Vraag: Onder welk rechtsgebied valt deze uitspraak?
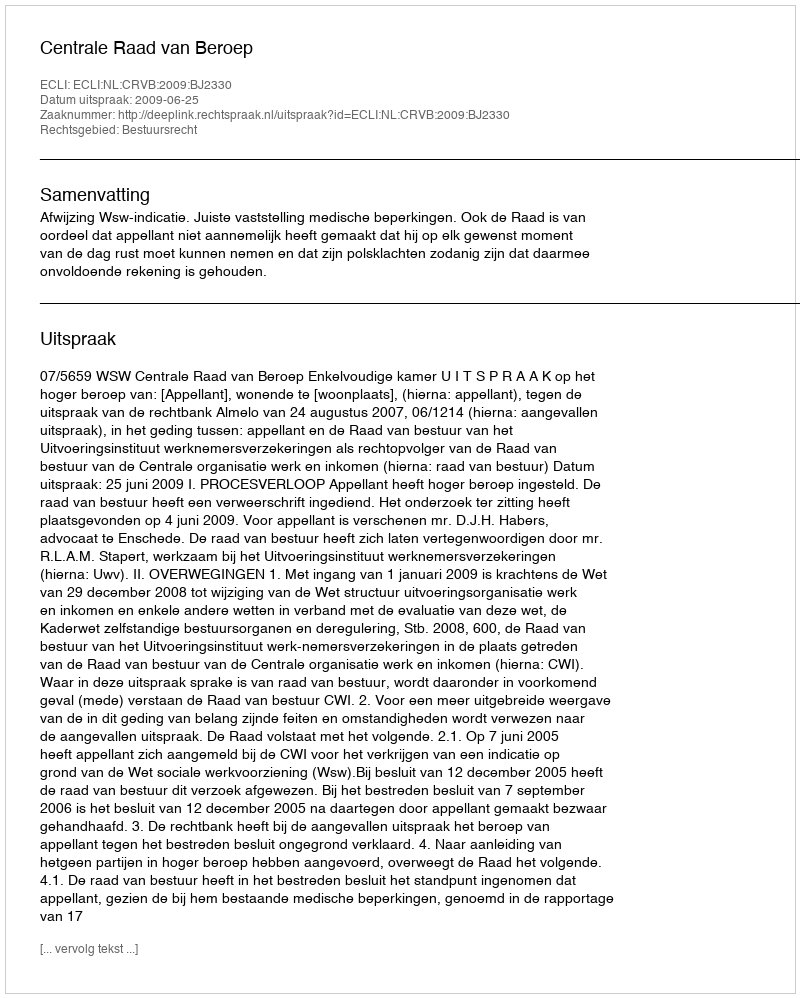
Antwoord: Bestuursrecht